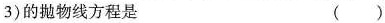
3)的抛物线方程是（）